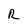
Character: R